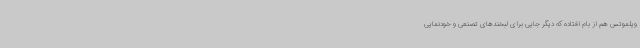
ویلموتس هم از بام افتاده که دیگر جایی برای لبخندهای تصنعی و خودنمایی